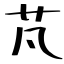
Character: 芃